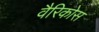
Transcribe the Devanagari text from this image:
वैरिकोस